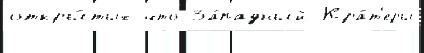
откры́тых что За́падный Кра́т'еры